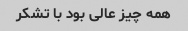
همه چیز عالی بود با تشکر